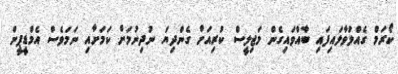
ކޯރަމް ގެއްލުވާލައިފައި ބާއްވައިގެން މަޖިލީސް ކުރިއަށް ގެންދިޔަ ނުދިނުމަށް ކަމަށާއި ނަމަވެސް އެމްޑީޕީން